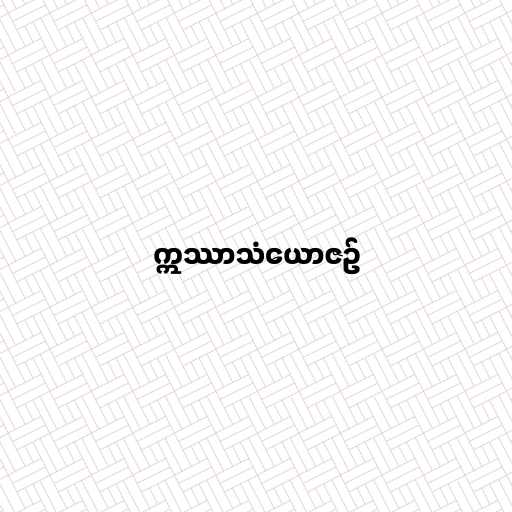
ဣဿာသံယောဇဉ်